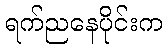
ရက်ညနေပိုင်းက